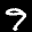
Label: 9